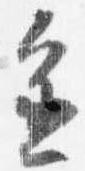
進